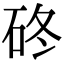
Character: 䂢